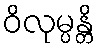
ဝိလုမ္ပန္တိ